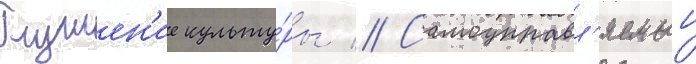
Глушен'ие культу́ры // Самоуправл'яемыи